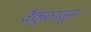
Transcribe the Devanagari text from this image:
वैकुंठातून